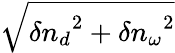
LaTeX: \sqrt{{\delta n_{d}}^{2}+{\delta n_{\omega}}^{2}}